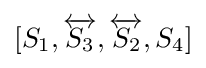
[S_{1},{\overleftrightarrow {S_{3}}},{\overleftrightarrow {S_{2}}},S_{4}]